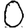
Digit: 0